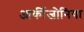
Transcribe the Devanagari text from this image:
आर्कीजोनिया